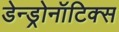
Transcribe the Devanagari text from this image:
डेन्ड्रोनॉटिक्स